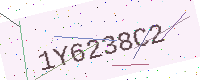
Text: 1Y6238C2